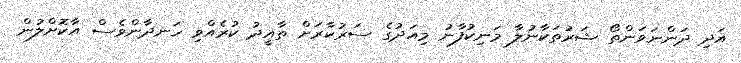
އަދި ދަންނަވަންތޯ ޝަރުތަކާނުލާ މަނިކުފާނު މިއަދުގެ ސަރުކާރަށް ތާއީދު ކުރެއްވި ހަނދާންވެސް އާކޮށްލުން